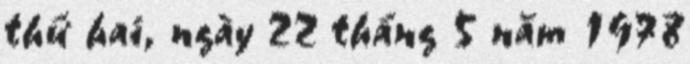
thứ hai, ngày 22 tháng 5 năm 1978